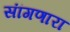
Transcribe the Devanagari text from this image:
सांंगणारा